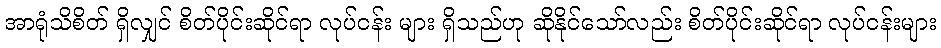
အာရုံသိစိတ် ရှိလျှင် စိတ်ပိုင်းဆိုင်ရာ လုပ်ငန်း များ ရှိသည်ဟု ဆိုနိုင်သော်လည်း စိတ်ပိုင်းဆိုင်ရာ လုပ်ငန်းများ